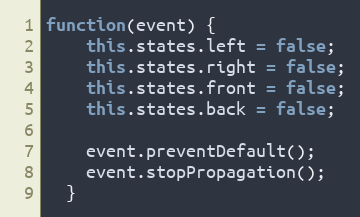
Language: JavaScript
function(event) {
    this.states.left = false;
    this.states.right = false;
    this.states.front = false;
    this.states.back = false;

    event.preventDefault();
    event.stopPropagation();
  }